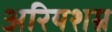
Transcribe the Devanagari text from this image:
अरियशम्न